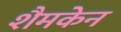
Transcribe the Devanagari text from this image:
शैमकेन